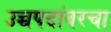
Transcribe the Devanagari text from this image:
उच्चपदांवरचा